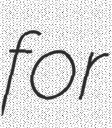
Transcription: for